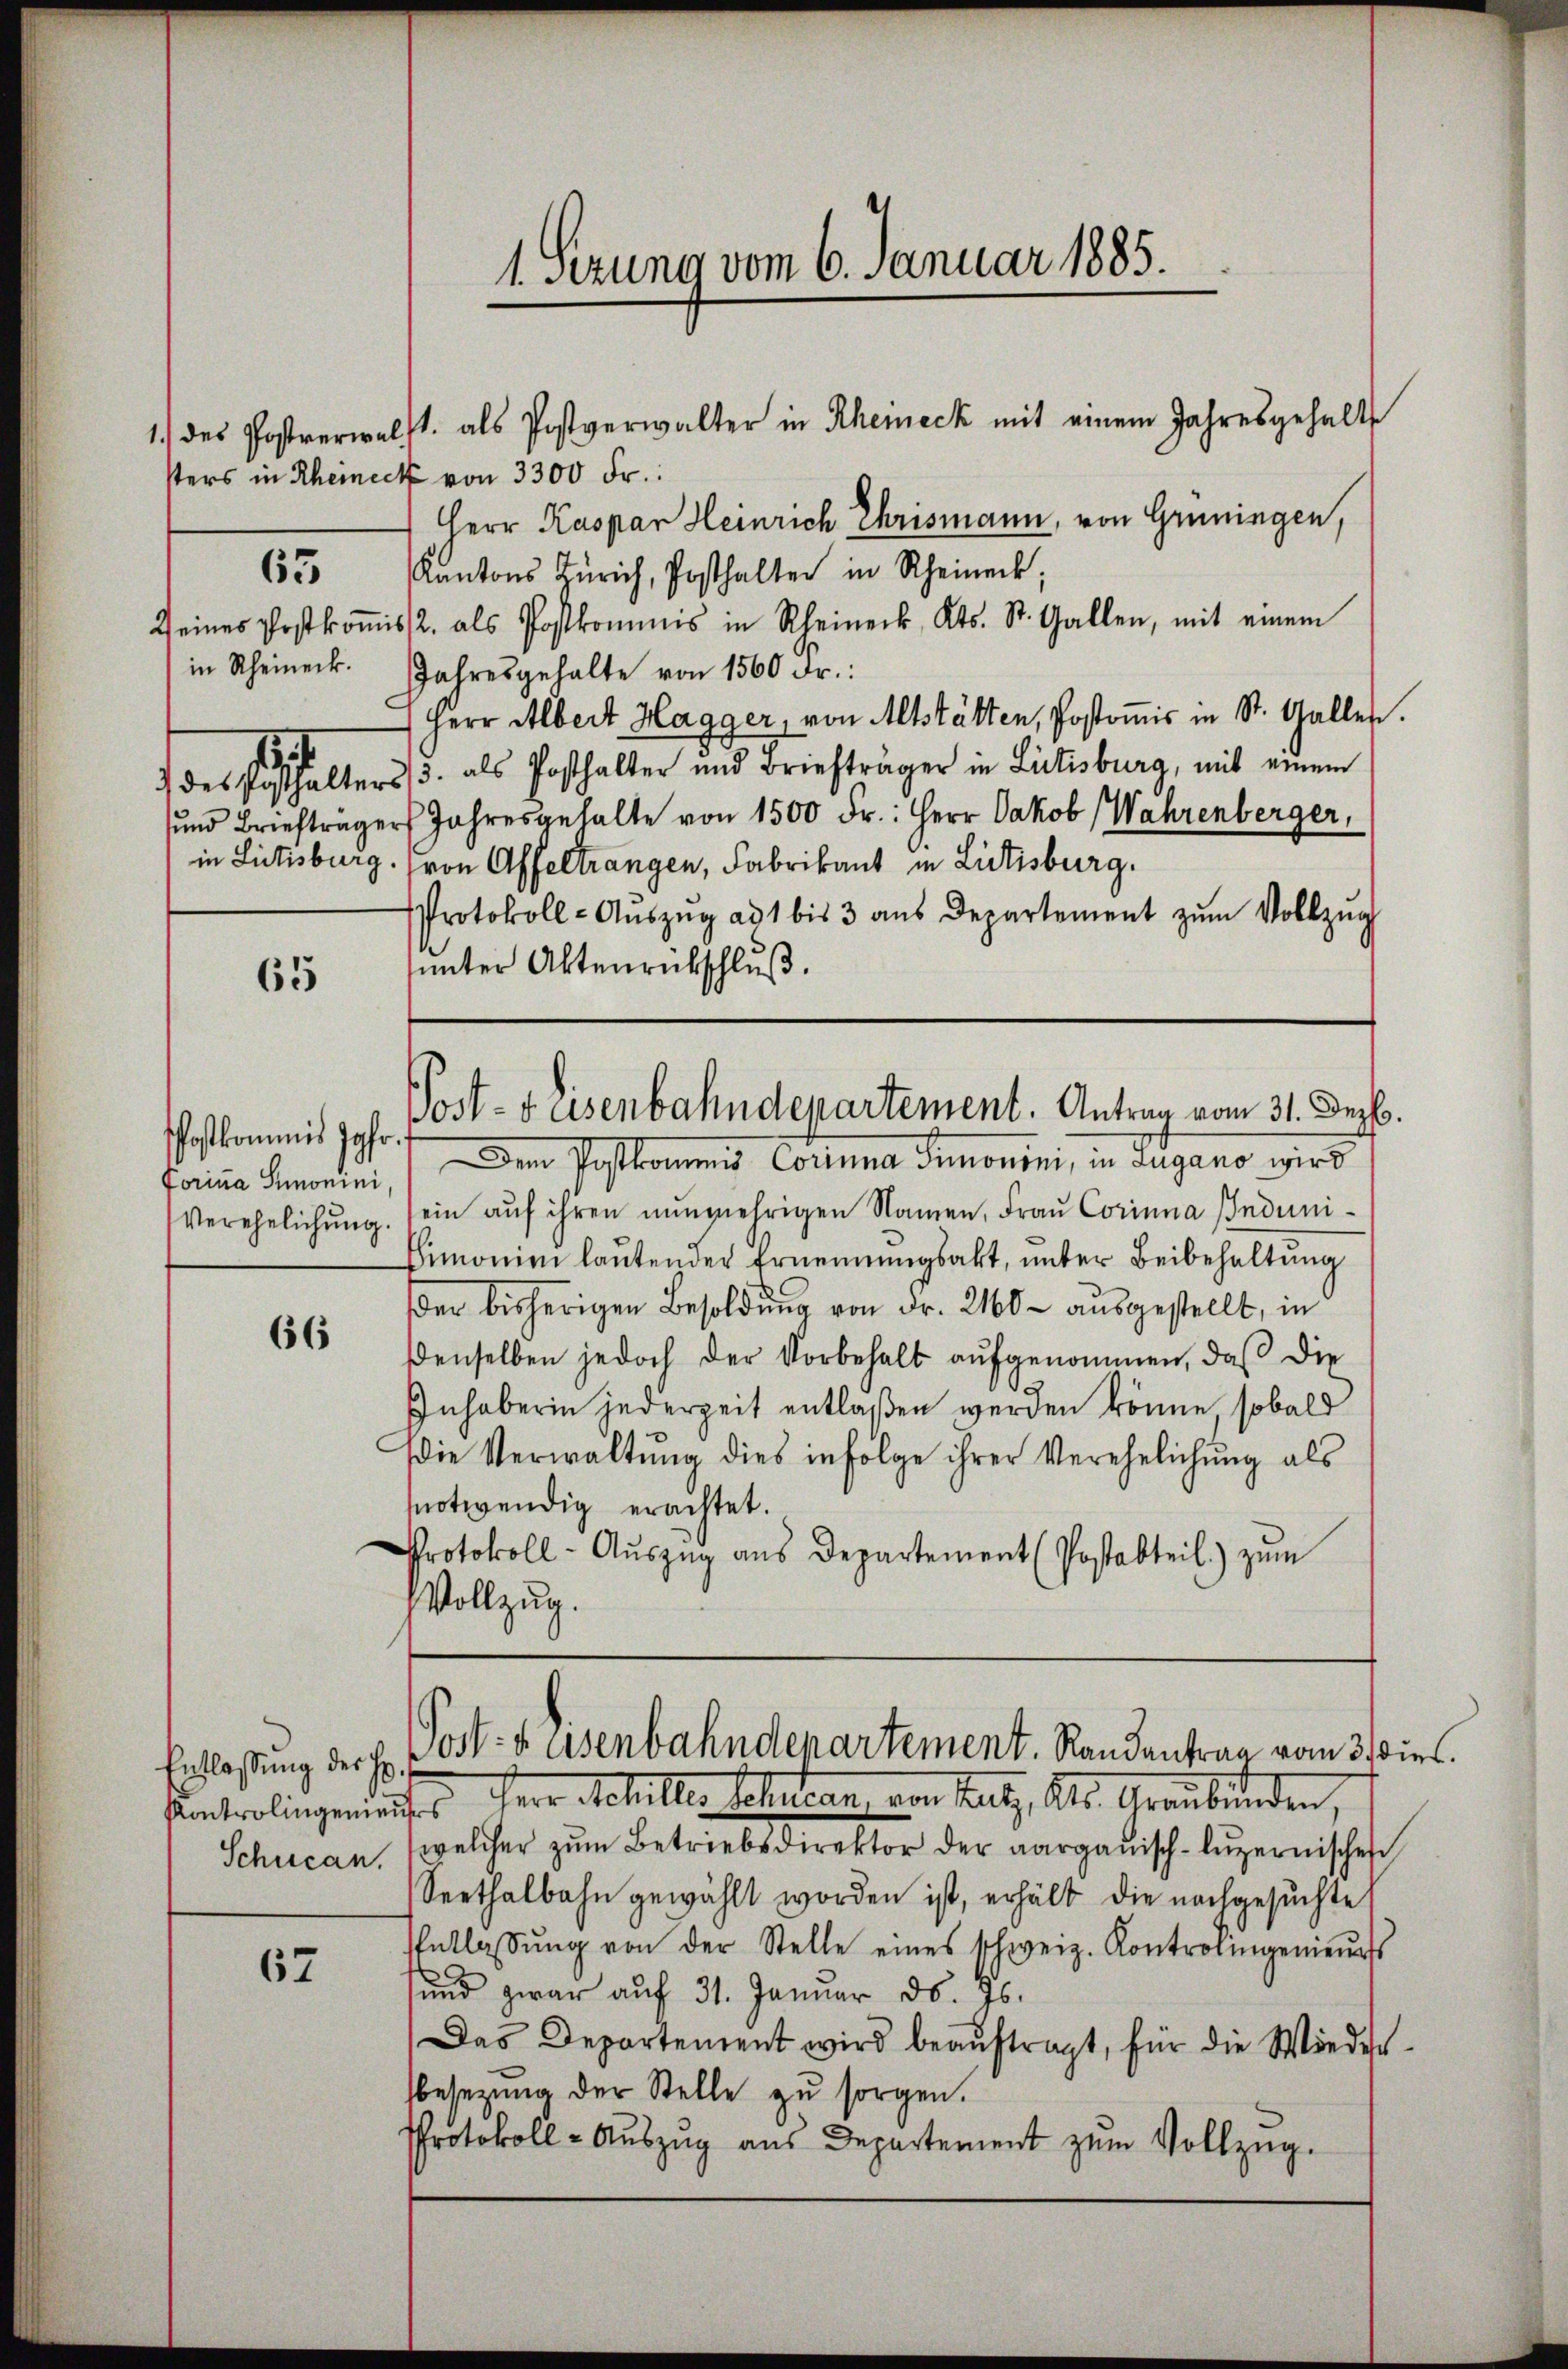
65

65

Postkommis Jahr.
Forina Simonini.

66

Entlassung der Her
Schucan.

67

1. Sezung vom 6. Januar 1885.

1.) des Postverwalt als Postverwalter in Rheineck mit einem Jahresgehalt

sters in Rheineck von 3300 Fr.
Herr Kaspar Heinrich Chrismann, von Grüningen,
Kantons Zürich, Posthalter in Rheineck;
Seines Postkoṁiss. als Postkommis in Rheineck, Kts. St. Gallen, mit einem
in Rheineck. Jahresgehalte von 1560 Fr.:
Herr Albert Hagger, von Altstätten, Postomis in St. Gallen.
 des Posthalters, 3. als Posthalter und Briefträger in Litisburg, mit einem
sund Briefträger Jahresgehalte von 1500 Fr.: Herr Jakob Wahrenberger,
in Litisburg. (von Affeltrangen, Fabrikant in Litisburg.
Protokoll-Aŭszŭg ad 1 bis 3 aŭs Departement zŭm Vollzŭg
ŭŭnter Aktenrückschluß.

Post- & Eisenbahndepartement. Antrag vom 31. Dez.

Dem Postkommis Corinna Simonini, in Lugano wird
Verehelichŭng sein aŭf ihren nunmehrigen Namen, Fraŭ Corinna Induni-
Limonien laŭtender Ernennungsakt, unter Beibehaltŭng
der bisherigen Besoldung von Fr. 2160 - ausgestellt, in
denselben jedoch der Vorbehalt aŭfgenommen, daβ die
Inhaberin jederzeit entlaßen werden könne, sobald
Die Verwaltŭng dies infolge ihrer Verehelichung als
notwendig erachtet.
Protokoll-Aŭszŭg ans Departement (Postabteil) zŭm
VVollzug.

Post- & Eisenbahndepartement. Randantrag vom 3. dies

santrolingeniertes Herr Schiller Sohnen von hat, als Graubünden,
welcher zŭm Betriebsdirektor der aargauisch-lŭzernischen
Seethalbahn gewählt worden ist, erhält die nachgesuchte
Entlassŭng von der Stelle eines schweiz. Kontrolingenieŭrs
.
und zwar auf 31. Januar d. Js.
Das Departement wird beaŭftragt, für die Wiederbesezung der Stelle zu sorgen.
Protokoll- Aŭszŭg aŭs Departement zum Vollzug.